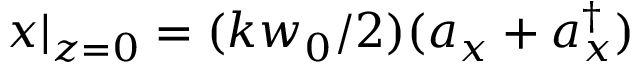
x | _ { z = 0 } = ( k w _ { 0 } / 2 ) ( a _ { x } + a _ { x } ^ { \dag } )